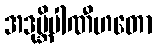
အဒုဗ္ဘိပါဏီဟတော